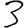
Digit: 3